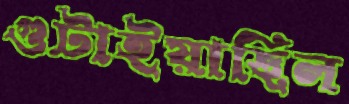
গুটাইয়াছিল